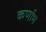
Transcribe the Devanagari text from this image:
कर्णाभ